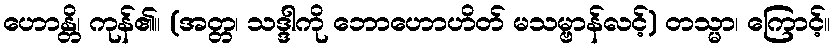
ဟောန္တိ၊ ကုန်၏။ (အတ္တ၊ သဒ္ဒါကို ဘောဟောဟိတ် မသမ္ဗာန်လင့်) တသ္မာ၊ ကြောင့်။